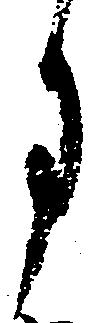
月